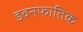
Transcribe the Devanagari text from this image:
इवनफातिक